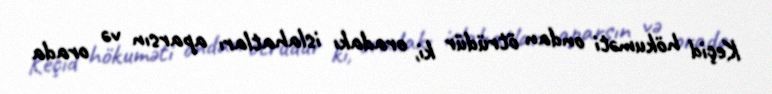
Keçid hökuməti ondan ötrüdür ki, oradakı islahatları aparsın və orada